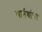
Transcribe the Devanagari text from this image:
भार्गवांचा